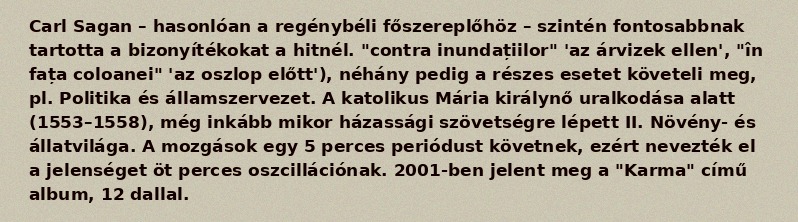
Carl Sagan – hasonlóan a regénybéli főszereplőhöz – szintén fontosabbnak tartotta a bizonyítékokat a hitnél. "contra inundațiilor" 'az árvizek ellen', "în fața coloanei" 'az oszlop előtt'), néhány pedig a részes esetet követeli meg, pl. Politika és államszervezet. A katolikus Mária királynő uralkodása alatt (1553–1558), még inkább mikor házassági szövetségre lépett II. Növény- és állatvilága. A mozgások egy 5 perces periódust követnek, ezért nevezték el a jelenséget öt perces oszcillációnak. 2001-ben jelent meg a "Karma" című album, 12 dallal.